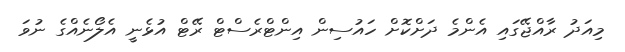
މިއަދު ރާއްޖޭގައި އެންމެ ދަށްކޮށް ހައުސިން އިންޓްރެސްޓް ރޭޓް އުޅެނީ އެލޯނެއްގެ ނުވަ